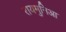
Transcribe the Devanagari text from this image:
रायमुनिआ